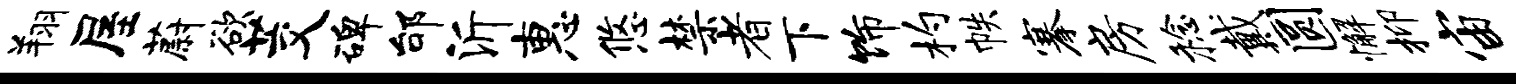
翔屋蔚欲茭碑邰沂惠悠禁者下饰杓帙搴房稔戴圆懈抑宙